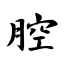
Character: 腔